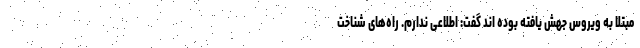
مبتلا به ویروس جهش یافته بوده اند گفت: اطلاعی ندارم. راه‌های شناخت